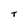
Character: T